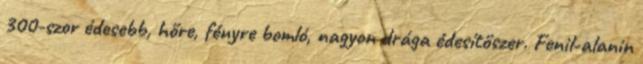
300-szor édesebb, hőre, fényre bomló, nagyon drága édesítőszer. Fenil-alanin